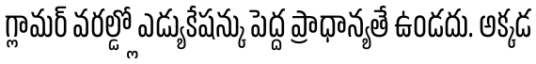
గ్లామర్ వరల్డ్లో ఎడ్యుకేషన్కు పెద్ద ప్రాధాన్యతే ఉండదు. అక్కడ